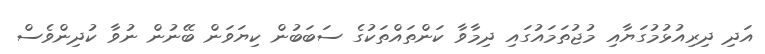
އަދި ދިރިއުޅުމުގަޔާއި މުޖުތަމައުގައި ދިމާވާ ކަންތައްތަކުގެ ސަބަބުން ކިޔަވަން ބޭނުން ނުވާ ކުދިންވެސް